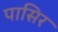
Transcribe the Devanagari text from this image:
पासिर